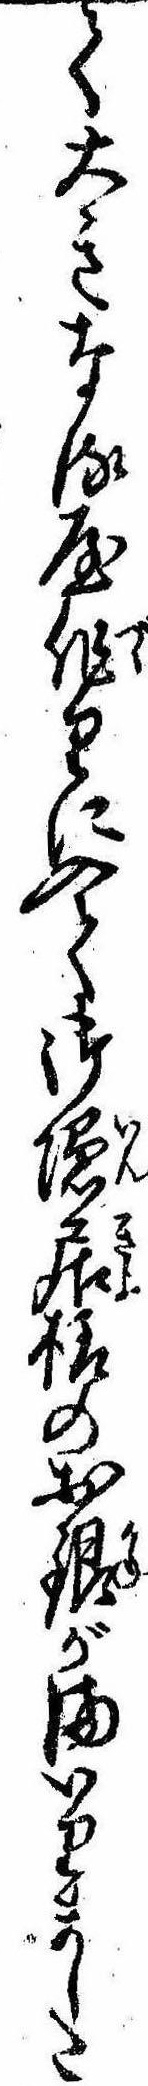
て大きなる屋作りに入て御隠居様のお銀がまいりました